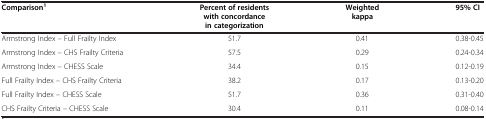
<table><thead><tr><td><b>Comparison<sup>1</sup></b></td><td><b>Percent of residents with concordance in categorization</b></td><td><b>Weighted kappa</b></td><td><b>95% CI</b></td></tr></thead><tbody><tr><td>Armstrong Index – Full Frailty Index</td><td>51.7</td><td>0.41</td><td>0.38-0.45</td></tr><tr><td>Armstrong Index – CHS Frailty Criteria</td><td>57.5</td><td>0.29</td><td>0.24-0.34</td></tr><tr><td>Armstrong Index – CHESS Scale</td><td>34.4</td><td>0.15</td><td>0.12-0.19</td></tr><tr><td>Full Frailty Index – CHS Frailty Criteria</td><td>38.2</td><td>0.17</td><td>0.13-0.20</td></tr><tr><td>Full Frailty Index – CHESS Scale</td><td>51.7</td><td>0.36</td><td>0.31-0.40</td></tr><tr><td>CHS Frailty Criteria – CHESS Scale</td><td>30.4</td><td>0.11</td><td>0.08-0.14</td></tr></tbody></table>